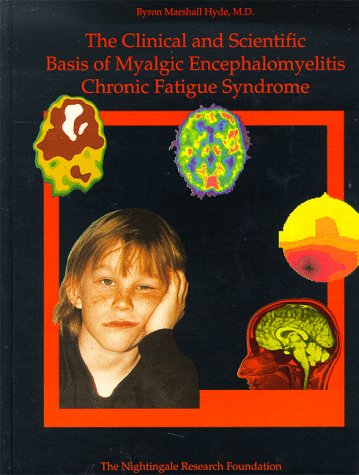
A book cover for The Clinical and Scientific Basis of Myalgic Encephalomyelitis--Chronic Fatigue Syndrome; Jay A. Goldstein; Health, Fitness & Dieting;